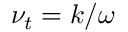
\nu _ { t } = k / \omega